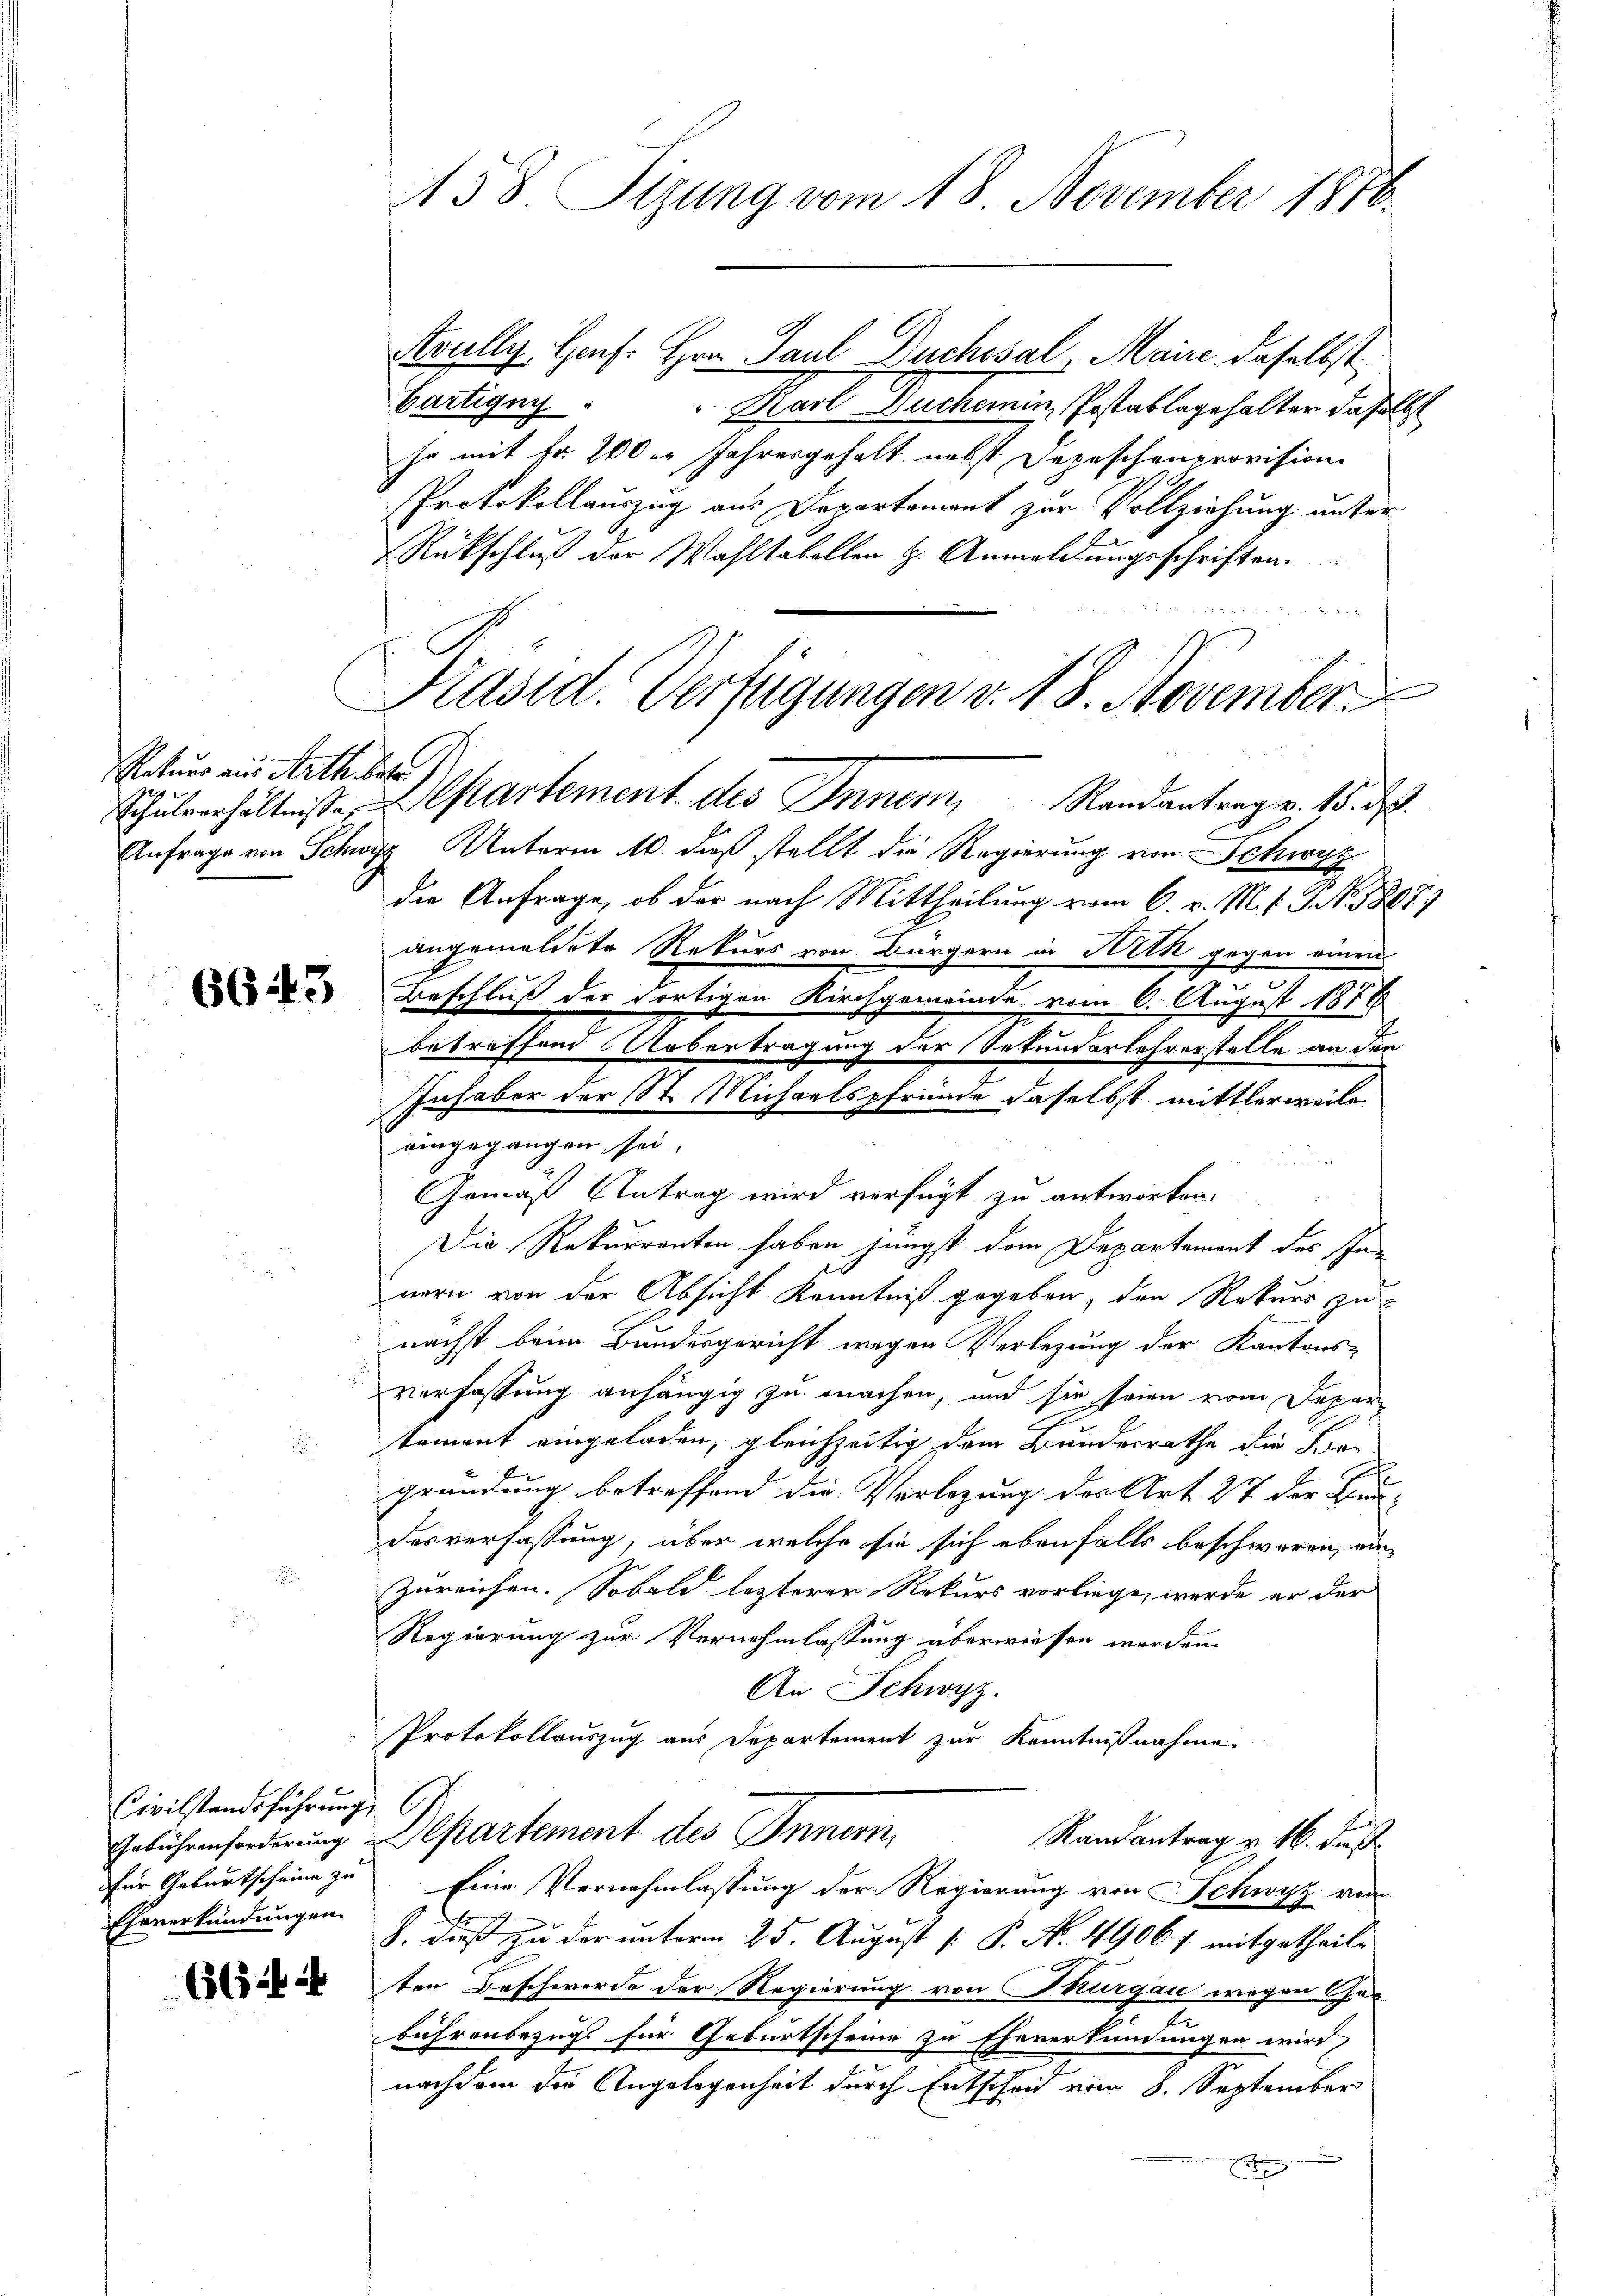
Rekurs aus Arth betr

6643

Civilstandsführung
Eheverkündungen.

6644

58. Sizung vom 18. November 1876.

Avully. Genf. Hrn. Paul Duchssal, Maire daselbst
Bärtigny
Karl Duchemin, Postablagehalter daselbst
he mit fr. 200 er Jahresgehalt nebst Depeschenprovision
Protokollauszug aus Departement zur Vollziehung unter
Rückschluß der Wahltabellen H. Anmeldungsschriften.
Anfrage von Schwyz, Unterm 10. dieß stellt die Regierung von Schwyz
die Anfrage, ob der nach Mittheilung vom 6. v. M. t. G. No. 1807;
angemeldete Rekurs von Bürgern in Nick gegen einen
Beschluß der dortigen Kirchgemeinde, vom 6. August 1878
betreffend Uebertragung der Sekundarlehrerstelle an den
Inhaber der St. Michaelspfründe daselbst mittlerweile
eingegangen sei.
Gemäß Antrag wird verfügt zu antworten.
Die Rekurrenten haben jüngst dem Departement des In-
nern von der Absicht Kenntniß gegeben, den Rekurs zu
nächst beim Bundesgericht wegen Verlegung der Kantons-
verfassung anhängig zu machen, und sie seien vom Separ-
tement eingeladen, gleichzeitig dem Bundesrathe die Begründung betreffend die Verlegung des Art. 277 der Bun-
desverfassung, über welche sie sich ebenfalls beschweren, ein
zureichen. Sobald lezterer Rekurs vorliege, werde er der
Regierung zur Vernehmlassung überwiesen werden.
An Schwyz.
Protokollauszug aus Departement zur Kenntnißnahme.
Gebührenforderung Departement des Innerin
Randantrag v. 16. Fuß
für Geburtscheine zu. Eine Vernehmlassung der Regierung von Schwyz vom
.
8. dieß zu der unterm 25. August [ P. N. 4906. f. mitgetheilten Beschwerde der Regierung von Thurgau wegen Ger
bührenbezugs für Geburtscheine zu Eheverkündungen wird,
nachdem die Angelegenheit durch Entscheid vom 8. September
x

Präsid. Verfügungen v. 18. November
Schulverhältniße Departement des Innern, Randantrag v. 15. d.